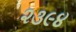
૨૩૯૪